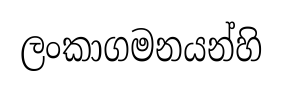
ලංකාගමනයන්හි